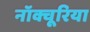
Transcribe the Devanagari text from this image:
नॉक्चूरिया